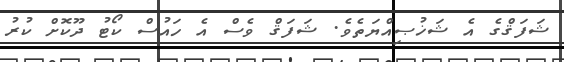
ޝަފަޤްގެ އެ ޝަޚުޞިއްޔަތެވެ. ޝަފަޤް ވެސް އެ ހައުސް ކޯޓު ދޫކޮށް ކުރު